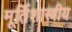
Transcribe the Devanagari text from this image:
मूर्तिशास्त्रीय